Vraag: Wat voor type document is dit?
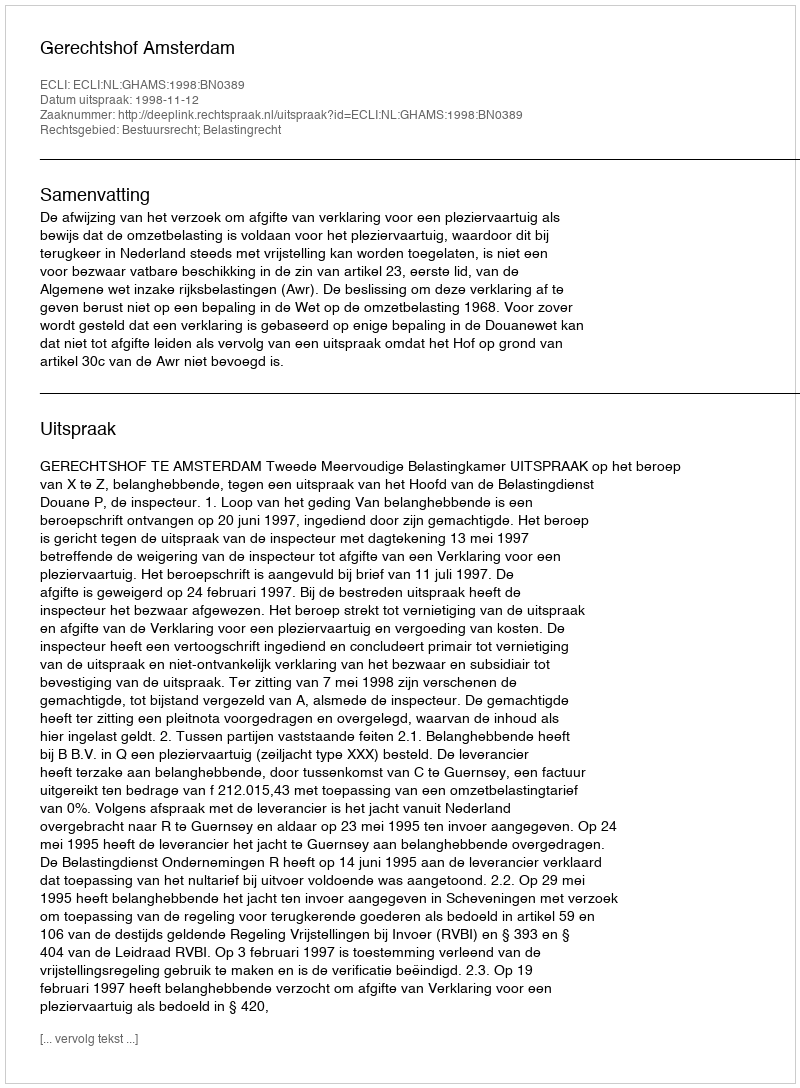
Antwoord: Uitspraak